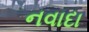
નવાદા